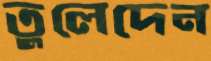
তুলেদেন